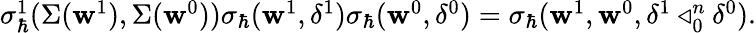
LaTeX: \begin{array}{r}{\sigma_{\hbar}^{1}(\Sigma(\mathbf{w}^{1}),\Sigma(\mathbf{w}^{0}))\sigma_{\hbar}(\mathbf{w}^{1},\delta^{1})\sigma_{\hbar}(\mathbf{w}^{0},\delta^{0})=\sigma_{\hbar}(\mathbf{w}^{1},\mathbf{w}^{0},\delta^{1}\triangleleft_{0}^{n}\delta^{0}).}\end{array}